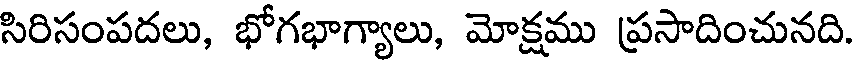
సిరిసంపదలు, భోగభాగ్యాలు, మోక్షము ప్రసాదించునది.